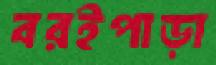
বরইপাড়া